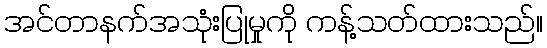
အင်တာနက်အသုံးပြုမှုကို ကန့်သတ်ထားသည်။